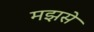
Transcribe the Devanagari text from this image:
मझसे